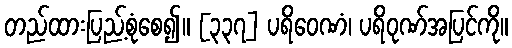
တည်ထားပြည့်စုံစေ၍။ [၃၃၇] ပရိဝေဏံ၊ ပရိဝုဏ်အပြင်ကို။